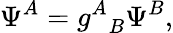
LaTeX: \Psi^{A}={g^{A}}_{B}\Psi^{B},